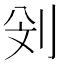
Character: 𠛶